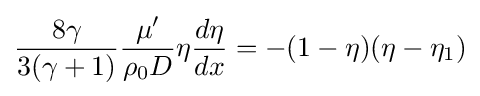
{\frac {8\gamma }{3(\gamma +1)}}{\frac {\mu '}{\rho _{0}D}}\eta {\frac {d\eta }{dx}}=-(1-\eta )(\eta -\eta _{1})